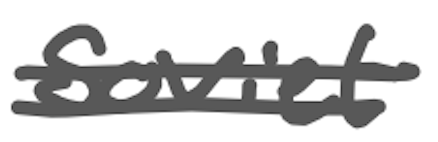
Text: Soviet
Cross-out: mix
Writing tool: digital_gray